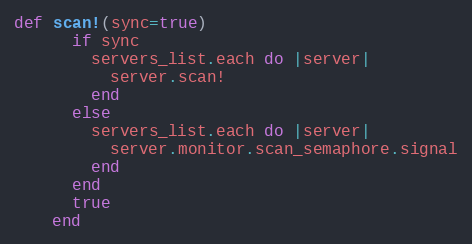
Language: Ruby
def scan!(sync=true)
      if sync
        servers_list.each do |server|
          server.scan!
        end
      else
        servers_list.each do |server|
          server.monitor.scan_semaphore.signal
        end
      end
      true
    end